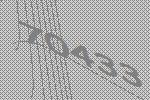
70433